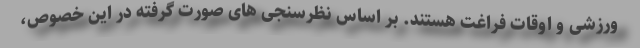
ورزشی و اوقات فراغت هستند. بر اساس نظرسنجی های صورت گرفته در این خصوص،